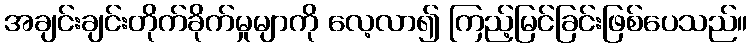
အချင်းချင်းတိုက်ခိုက်မှုမျာကို လေ့လာ၍ ကြည့်မြင်ခြင်းဖြစ်ပေသည်။